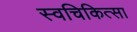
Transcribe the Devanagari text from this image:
स्वचिकित्सा